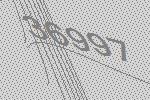
36997